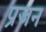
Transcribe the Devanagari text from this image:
प्रजन